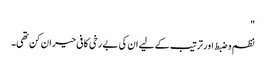
"
نظم و ضبط اور ترتیب کے لیے ان کی بے رخی کافی حیران کن تھی۔